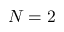
N = 2